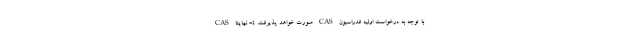
CAS صورت خواهد پذیرفت. ۴- نهایتا CAS با توجه به درخواست اولیه فدراسیون